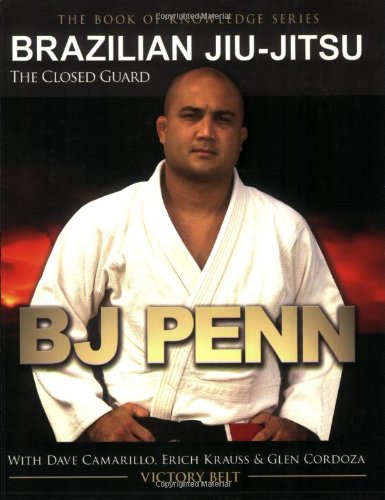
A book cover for Brazilian Jiu-Jitsu: The Closed Guard (Book of Knowledge); BJ Penn; Sports & Outdoors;